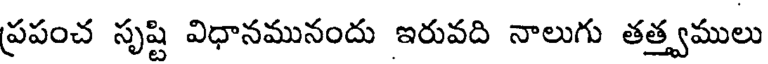
ప్రపంచ సృష్టి విధానమునందు ఇరువది నాలుగు తత్త్వములు